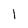
Character: I